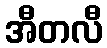
အီတလီ